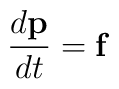
\frac{d{\bf p}}{dt}={\bf f}